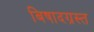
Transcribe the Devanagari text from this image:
बिषादग्रस्त